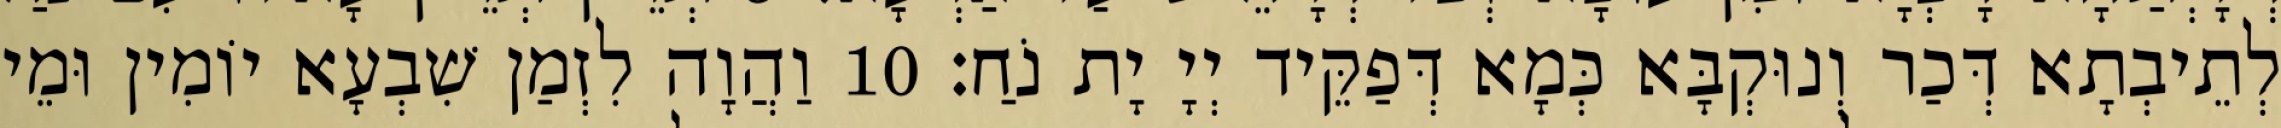
לְתֵיבְתָא דְּכַר וְנוּקְבָּא כְּמָא דְּפַקֵּיד יְיָ יָת נֹחַ׃ 10 וַהֲוָה לִזְמַן שִׁבְעָא יוֹמִין וּמֵי